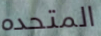
المتحده